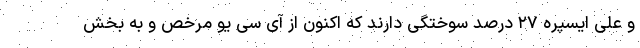
و علی ایسپره ۲۷ درصد سوختگی دارند که اکنون از آی سی یو مرخص و به بخش